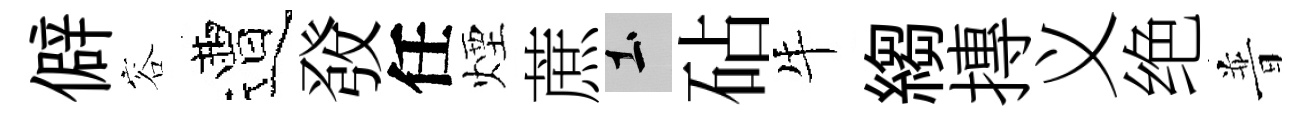
僻容遭𤼲任煙蔗土砧牛縐摶义绝普